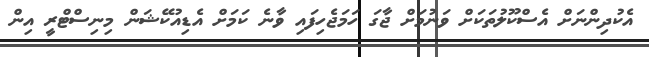
އެކުދިންނަށް އެސްކޫލުތަކަށް ވަނުމަށް ޖާގަ ހަމަޖެހިފައި ވާނެ ކަމަށް އެޑިއުކޭޝަން މިނިސްޓްރީ އިން